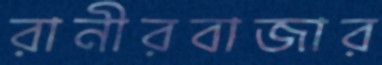
রানীরবাজার